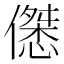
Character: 𱏚